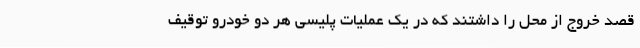
قصد خروج از محل را داشتند که در یک عملیات پلیسی هر دو خودرو توقیف